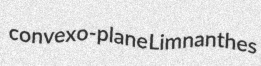
convexo-plane Limnanthes